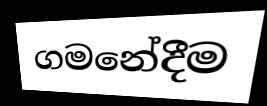
ගමනේදීම